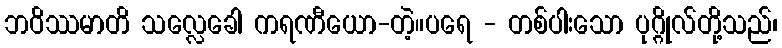
ဘဝိဿမာတိ သလ္လေခေါ ကရဏီယော-တဲ့။ပရေ - တစ်ပါးသော ပုဂ္ဂိုလ်တို့သည်၊